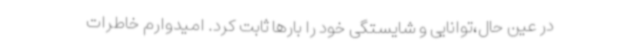
در عین حال،توانایی و شایستگی خود را بارها ثابت کرد. امیدوارم خاطرات